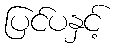
ပြင်ပနှင့်